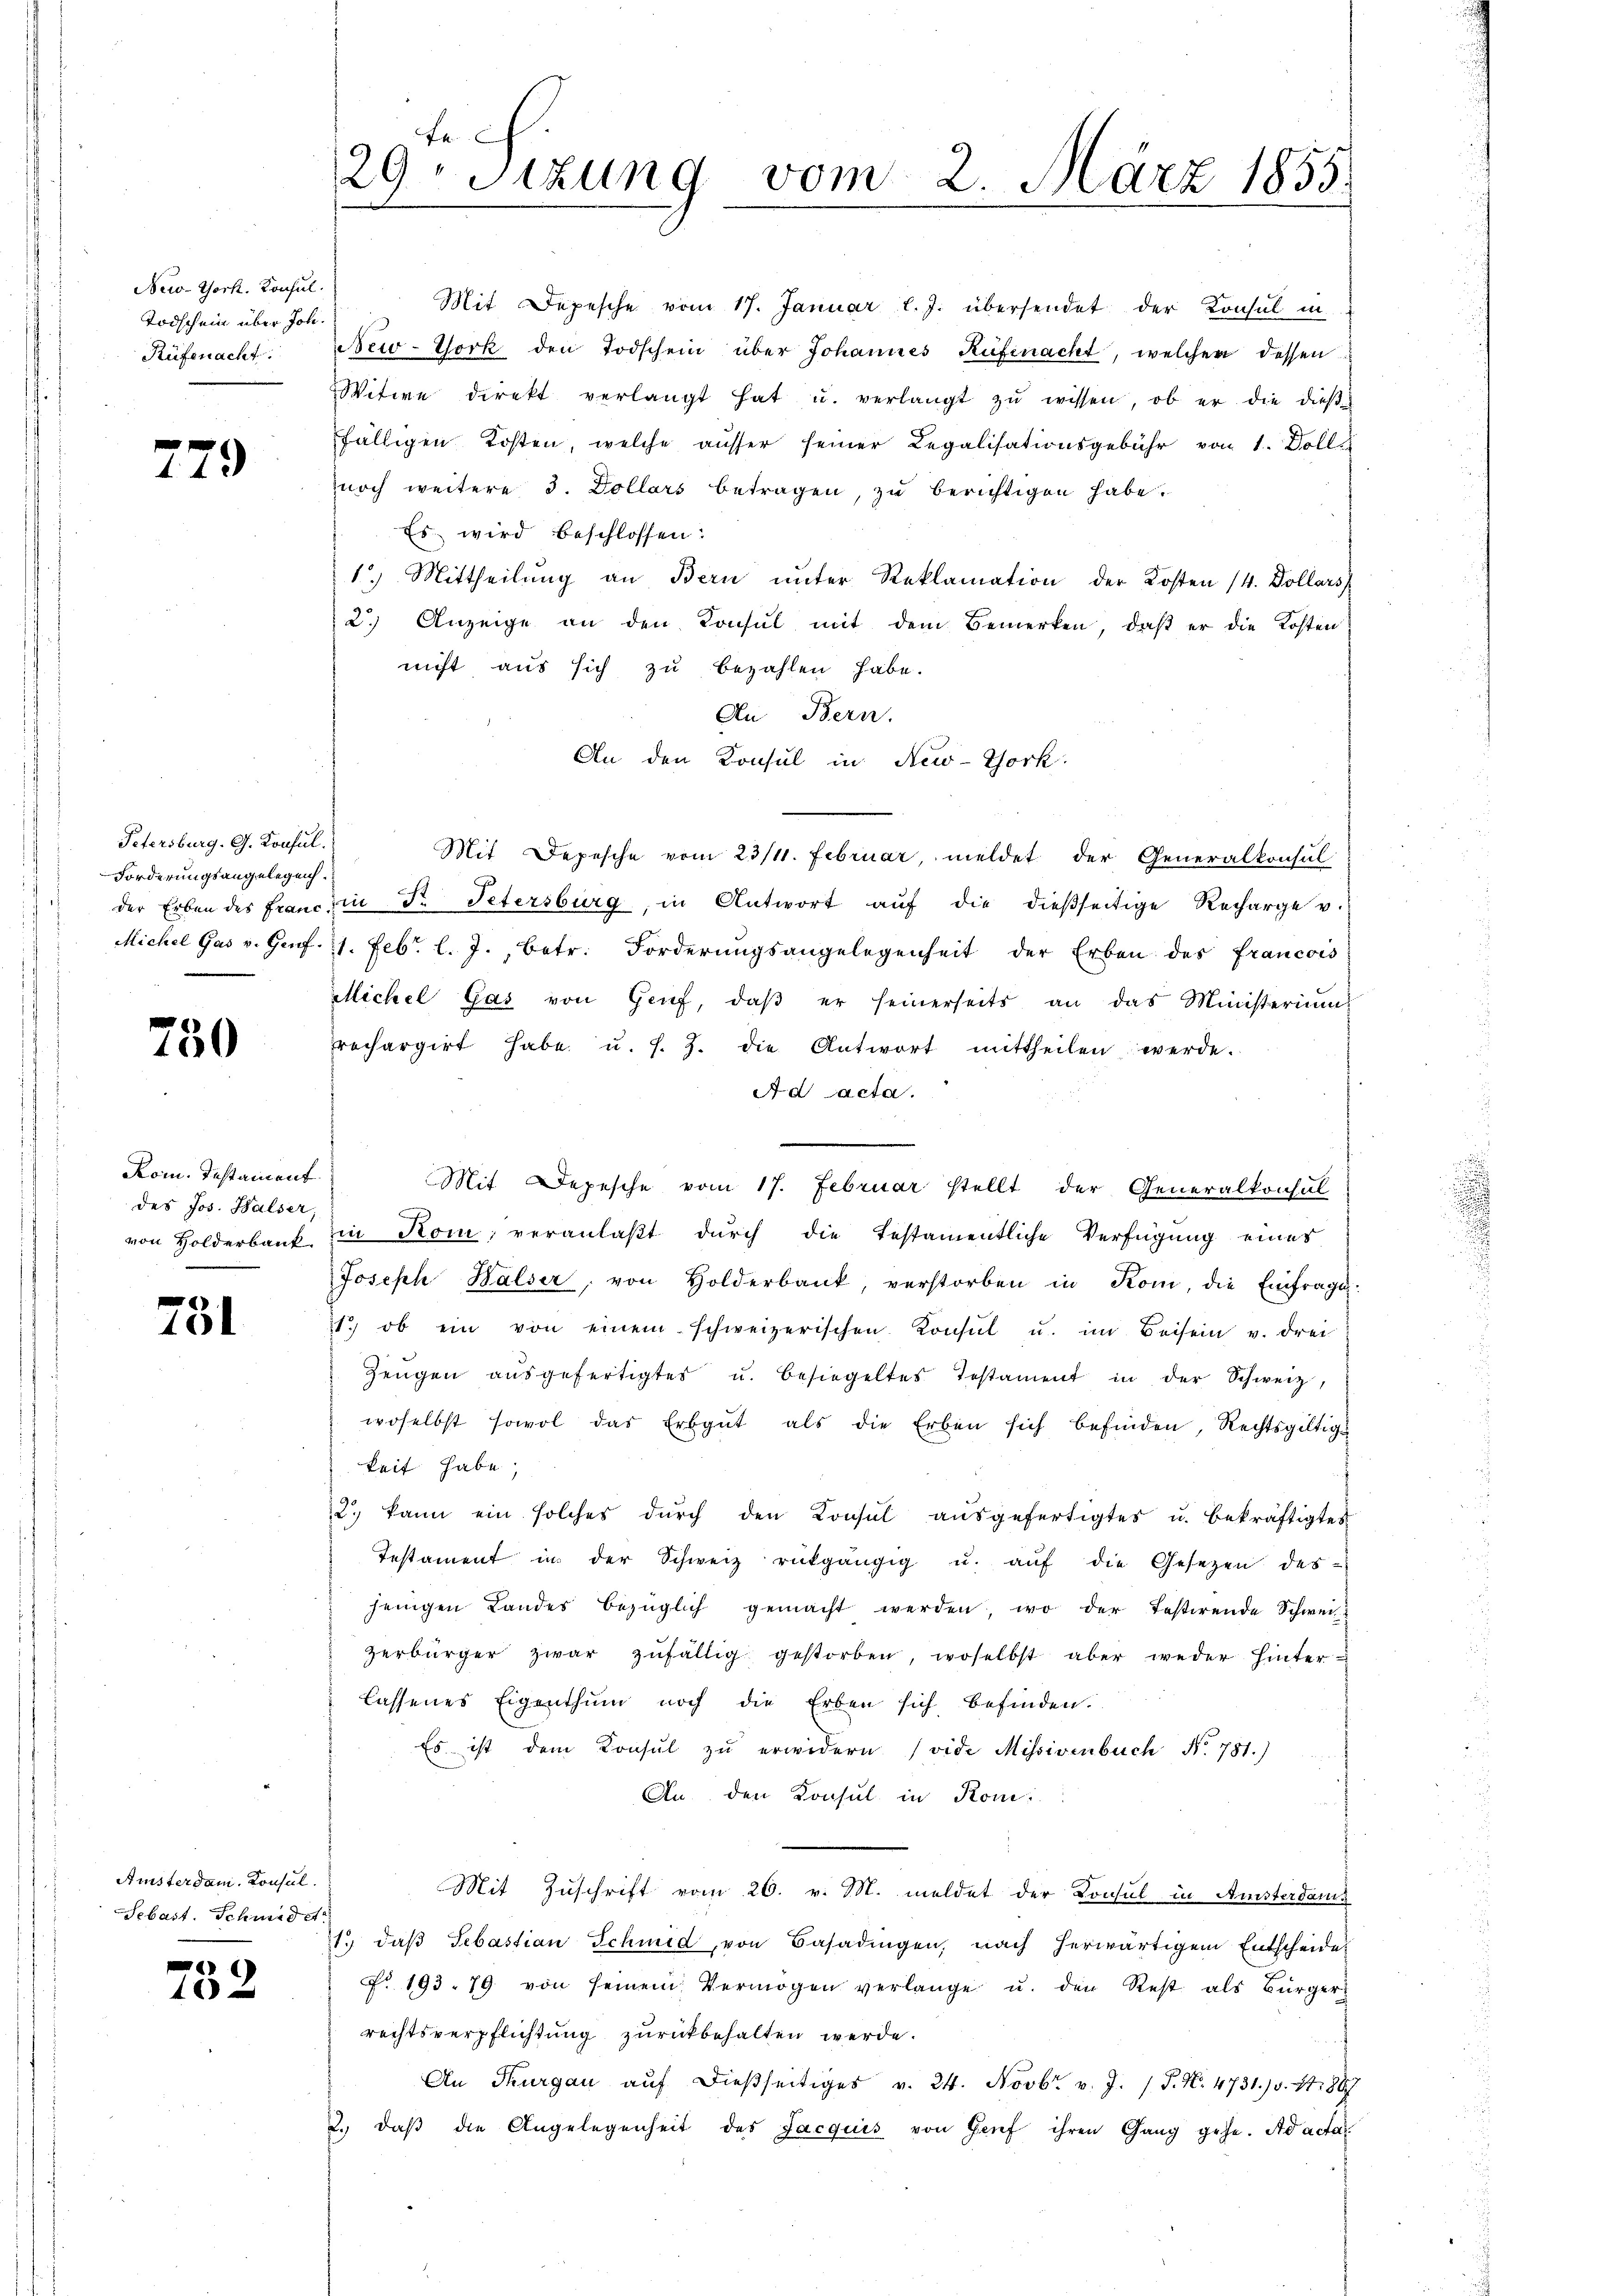
New-York. Konsul
Todschein über Joh.
Rüfenacht.

f
149)

Petersburg. G. Konsul.
Forderungsangelegen.

750

Kom. Testament
des Jos. Halser,
von Holderbank.

e
10

Amsterdam. Konsul
Sebast. Schmidet

c
4

fe
29. Sitzung vom 2. März 1855.
.

Mit Depesche vom 17. Januar l. J. übersendet der Konsul in
New-York den Todschein über Johannes Rüfenacht, welchen dessen
Witwe direkt verlangt hat u. verlangt zŭ wissen, ob er die dieβe
fälligen Kosten, welche ausser seiner Legalisationsgebühr von 1. Dolle
noch weitere 3. Dollars betragen, zu berichtigen habe.
Es wird beschlossen:
1.) Mittheilung an Bern ŭnter Reklamation der Kosten 14. Dollars
2.) Anzeige an den Konsul mit dem Bemerken, daß er die Kosten
nicht aus sich zu bezahlen habe.
An Bern.
An den Konsul in New-York
Mit Depesche vom 23/11. Februar, meldet der Generalkonsul
der Erben des Francs in Fr. Petersburg, in Antwort aŭf die dießseitige Recharge u.
Michel Gas v. Genf. 1. Febr. l. J., betr. Forderŭngsangelegenheit der Erben des Francois
Michel Gas von Genf, daβ er seinerseits an das Ministerium
rechargirt habe u. s. Z. die Antwort mittheilen werde.
Ad acta.
in Kom; veranlaßt durch die Testamentliche Verfügung eines
Joseph Halser, von Holderbank, verstorben in Kom, die Einfrage:
1.) ob ein von einem schweizerischen Konsul u. im Beisein v. drei
Zeŭgen aŭsgefertigter u. besiegeltes Testament in der Schweiz,
woselbst sowol das Erbgut als die Erben sich befinden, Rechtsgültige
keit habe,
2. kann ein solches dŭrch den Konsul aŭsgefertigtes u. bekräftigtes
Testament in der Schweiz rückgängig u. aŭf die Gesetzen des
jenigen Landes bezüglich gemacht werden, wo der Testirende Schwei
zerbürger zwar zŭfällig gestorben, woselbst aber weder Hinterlassenes Eigenthum noch die Erben sich befinden.
Es ist dem Konsul zu erwidern (vide Missivenbuch No. 781.)
An den Konsul in Kom
Mit Zuschrift vom 26. v. M. meldet der Konsul in Amsterdame
1. daβ Sebastian Schmid, von Basadingen, nach herwärtigem Entscheide
No. 193. 79 von seinem Vermögen verlange u. den Rest als Bürger
rechtsverpflichtung zurückbehalten werde.
An Thurgau aŭf dießseitiges v. 24. Novbr. v. J. J. N. 4731. v. 1887
2. daβ die Angelegenheit des Jacquis von Genf ihren Gang gehe. Ad acta

Mit Depesche vom 17. Februar stellt der Generalkonsul